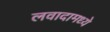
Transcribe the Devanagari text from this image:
लवादामध्ये